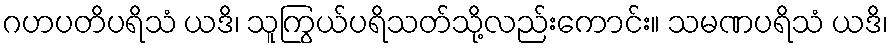
ဂဟပတိပရိသံ ယဒိ၊ သူကြွယ်ပရိသတ်သို့လည်းကောင်း။ သမဏပရိသံ ယဒိ၊